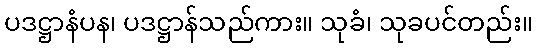
ပဒဋ္ဌာနံပန၊ ပဒဋ္ဌာန်သည်ကား။ သုခံ၊ သုခပင်တည်း။